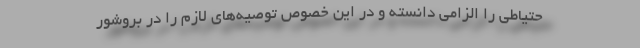
حتیاطی را الزامی دانسته و در این خصوص توصیه‌های لازم را در بروشور